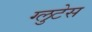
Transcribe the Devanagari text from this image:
ग्लुटेस